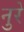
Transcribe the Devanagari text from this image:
नुरे